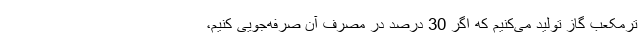
ترمکعب گاز تولید می‌کنیم که اگر 30 درصد در مصرف آن صرفه‌جویی کنیم،